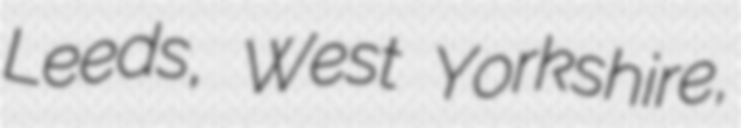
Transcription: Leeds, West Yorkshire,